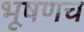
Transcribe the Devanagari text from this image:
भूषणच